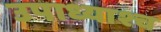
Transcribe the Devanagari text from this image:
उपाध्याश्च